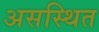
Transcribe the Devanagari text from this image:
असस्थित